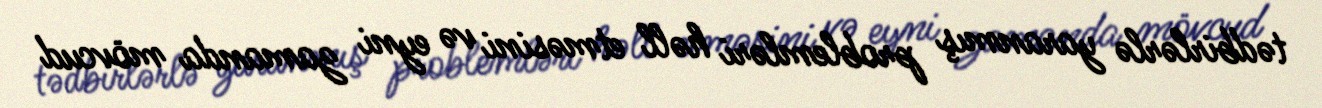
tədbirlərlə yaranmış problemləri həll etməsini və eyni zamanda mövcud